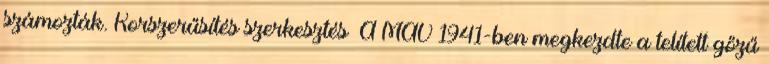
számozták. Korszerűsítés szerkesztés A MÁV 1941-ben megkezdte a telített gőzű